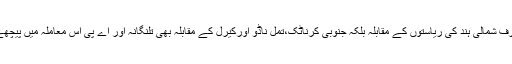
نہ صرف شمالی ہند کی ریاستوں کے مقابلہ بلکہ جنوبی کرناٹک،تمل ناڈو اورکیرل کے مقابلہ بھی تلنگانہ اور اے پی اس معاملہ میں پیچھے ہیں۔